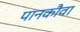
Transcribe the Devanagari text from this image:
पानकौवा